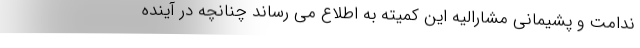
ندامت و پشیمانی مشارالیه این کمیته به اطلاع می رساند چنانچه در آینده